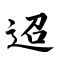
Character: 迢